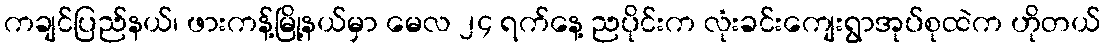
ကချင်ပြည်နယ်၊ ဖားကန့်မြို့နယ်မှာ မေလ ၂၄ ရက်နေ့ ညပိုင်းက လုံးခင်းကျေးရွာအုပ်စုထဲက ဟိုတယ်